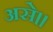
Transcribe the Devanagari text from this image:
असे॥